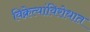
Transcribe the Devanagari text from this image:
विक्रेत्यांविरोधात